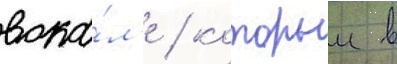
вока́л'е / которыи в